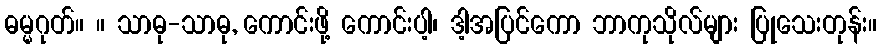
ဓမ္မဂုတ်။ ။ သာဓု-သာဓု, ကောင်းဖို့ ကောင်းပါ့၊ ဒါ့အပြင်ကော ဘာကုသိုလ်များ ပြုသေးတုန်း။